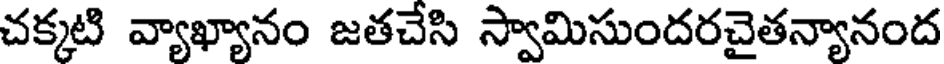
చక్కటి వ్యాఖ్యానం జతచేసి స్వామిసుందరచైతన్యానంద